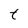
Character: t